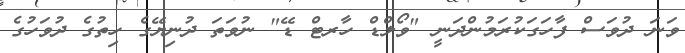
ވަނަ ދުވަސް ފާހަގަކުރަމުންދަނީ "ވޯލްޑް ހާރޓް ޑޭ" ނުވަތަ ދުނިޔޭގެ ހިތުގެ ދުވަހުގެ